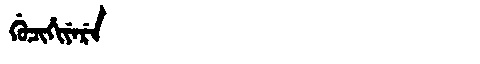
Manchu: ᡤᡠᠴᡳᡥᡳᠶᡝᡵᡝ
Romanization: GUCIHIYERE